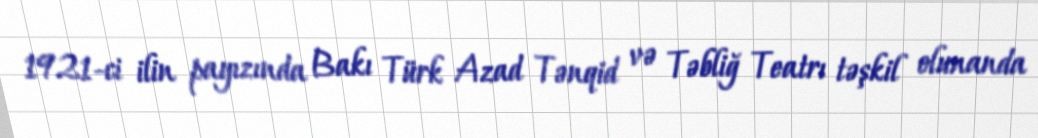
1921-ci ilin payızında Bakı Türk Azad Tənqid və Təbliğ Teatrı təşkil olunanda